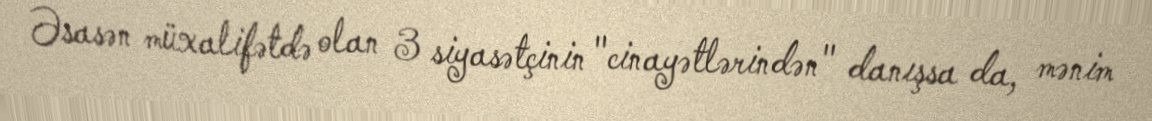
Əsasən müxalifətdə olan 3 siyasətçinin "cinayətlərindən" danışsa da, mənim